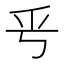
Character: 𠂠